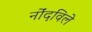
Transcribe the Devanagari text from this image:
नोंंदविले